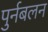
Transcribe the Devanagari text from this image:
पुर्नबलन